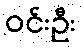
ဝင်းဦး